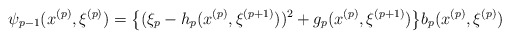
\begin{align*}\psi_{p-1}(x^{(p)}, \xi^{(p)})=\big\{(\xi_p-h_p(x^{(p)}, \xi^{(p+1)}))^2+g_p(x^{(p)},\xi^{(p+1)})\big\}b_p(x^{(p)}, \xi^{(p)})\end{align*}